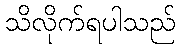
သိလိုက်ရပါသည်